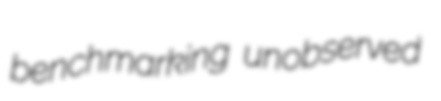
benchmarking unobserved